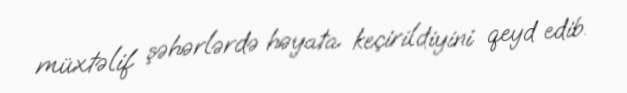
müxtəlif şəhərlərdə həyata keçirildiyini qeyd edib.